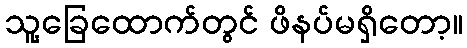
သူ့ခြေထောက်တွင် ဖိနပ်မရှိတော့။